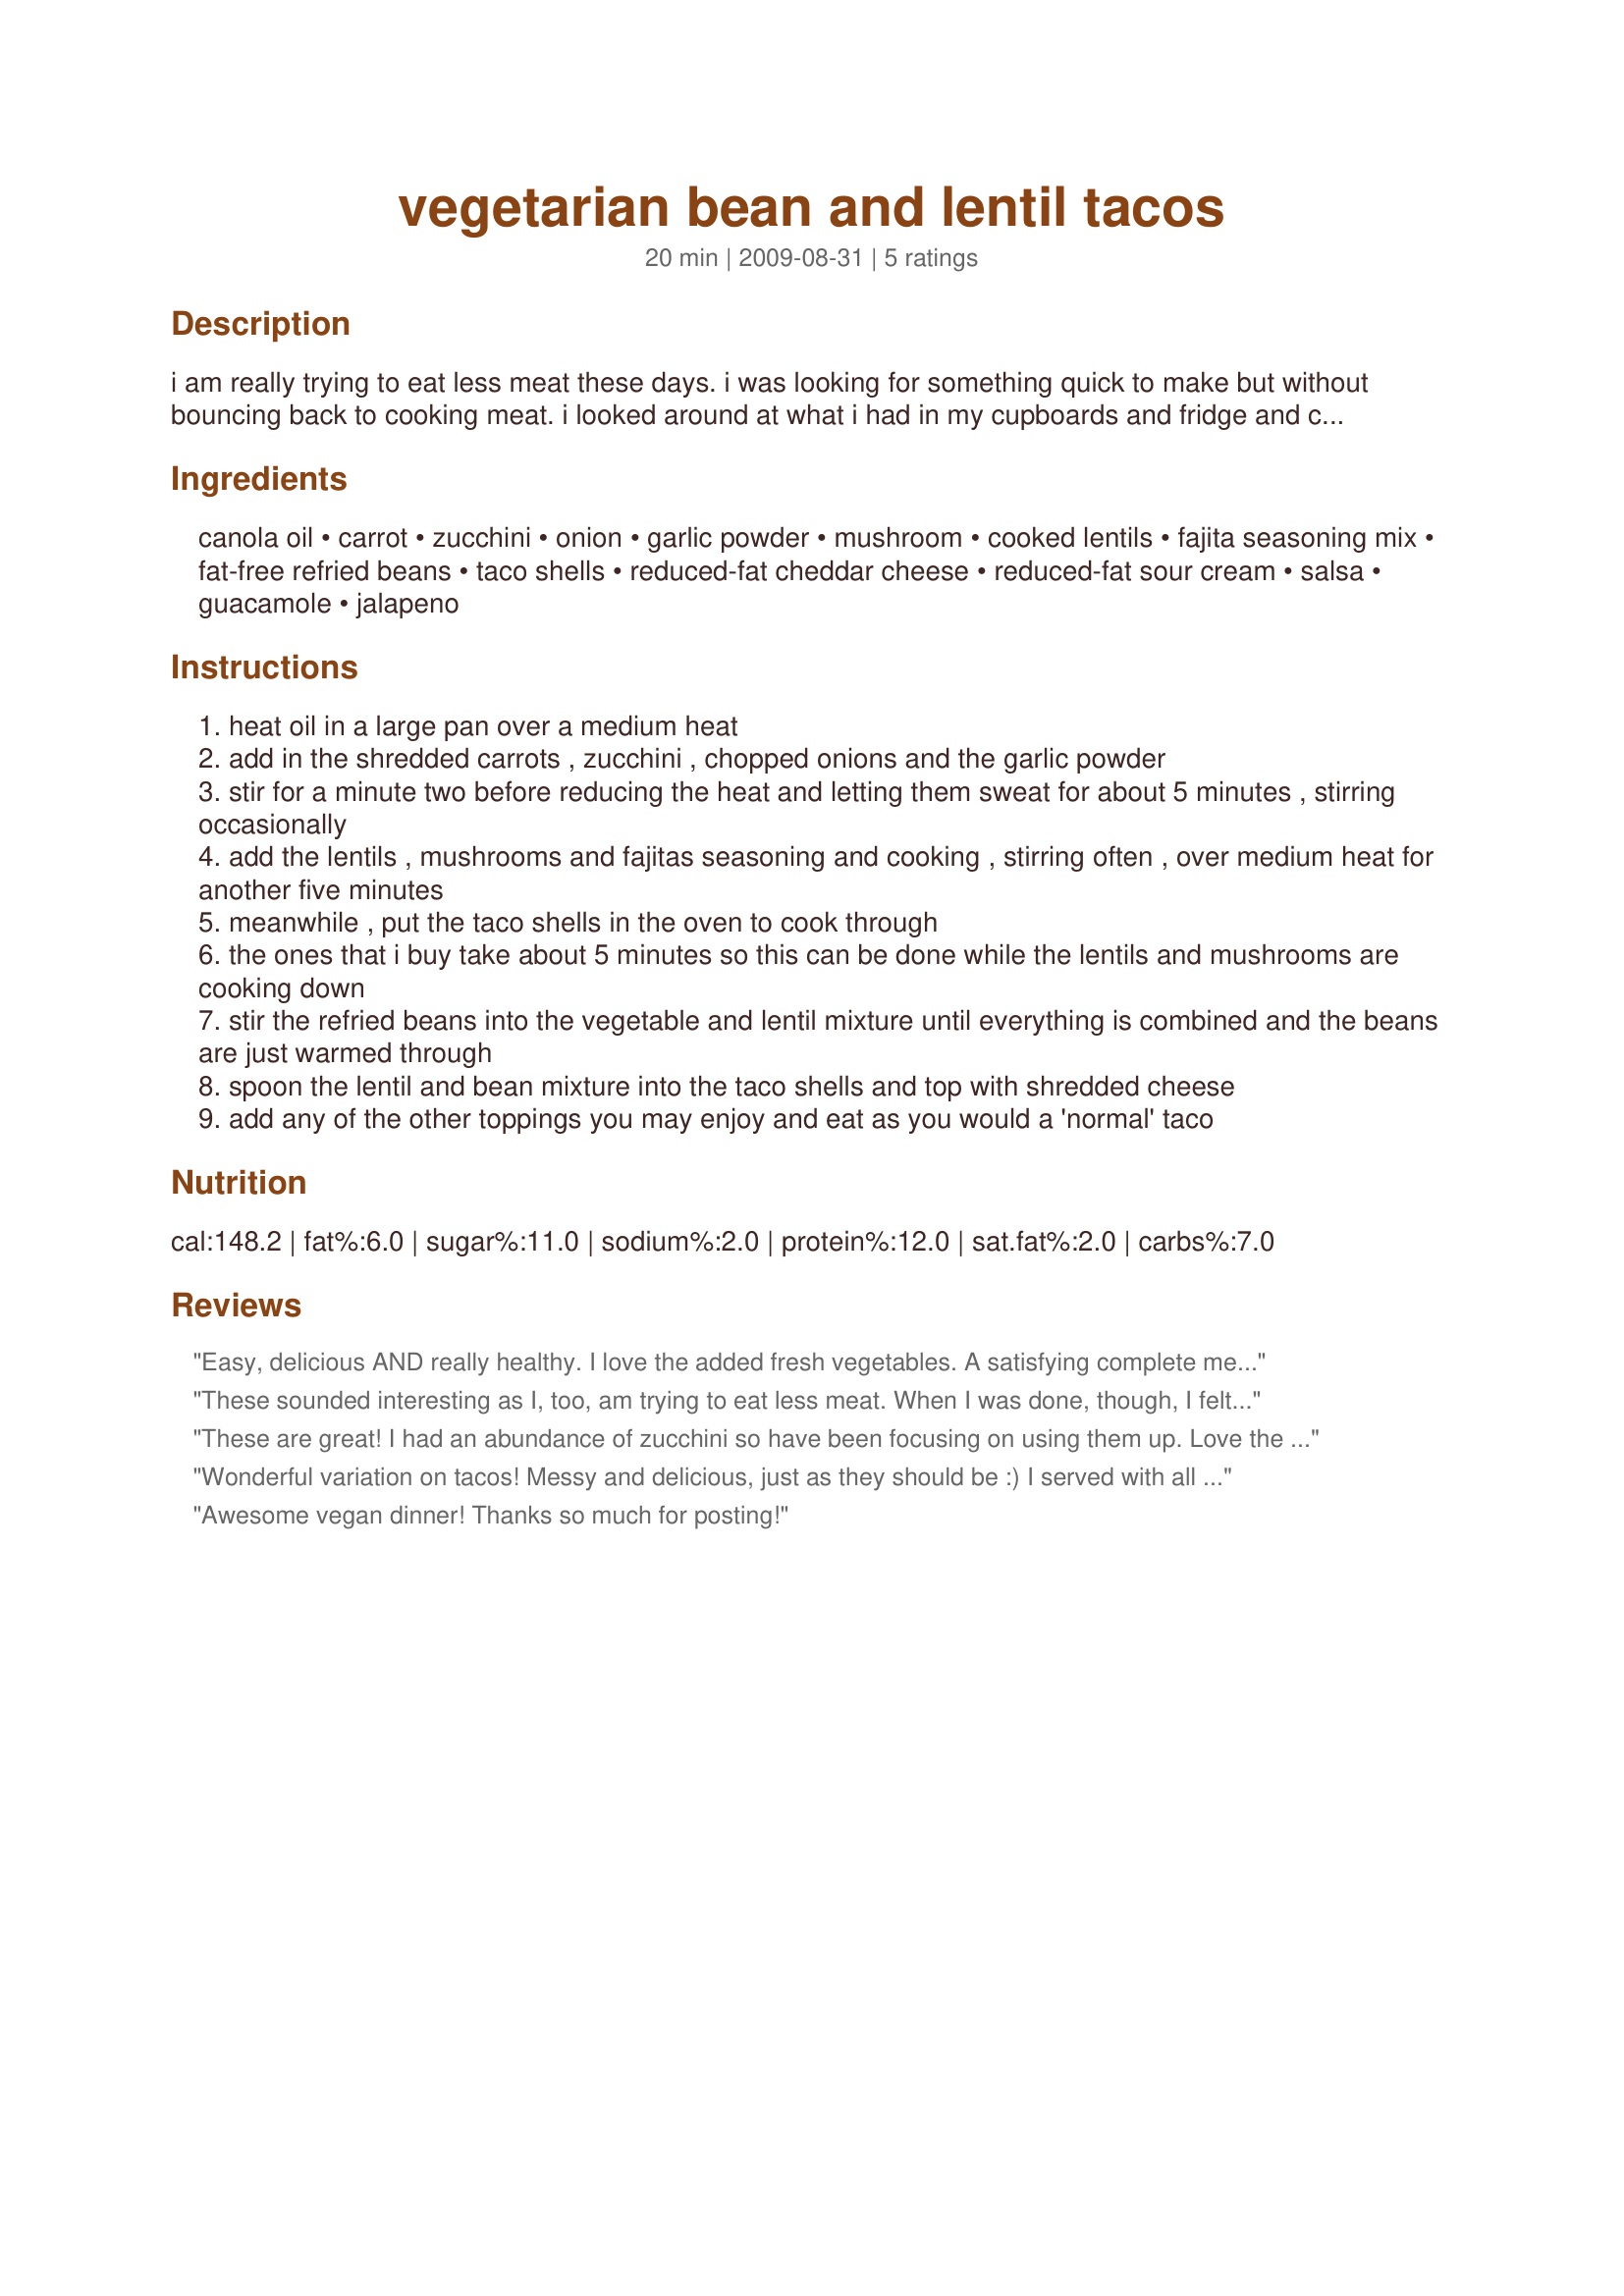
vegetarian bean and lentil tacos
Preparation time: 20 minutes

i am really trying to eat less meat these days. i was looking for something quick to make but without bouncing back to cooking meat. i looked around at what i had in my cupboards and fridge and came up with these. we enjoyed the way they turned out and will for sure have them again. i suspect this would make a nice tortilla filling too.

Ingredients:
canola oil, carrot, zucchini, onion, garlic powder, mushroom, cooked lentils, fajita seasoning mix, fat-free refried beans, taco shells, reduced-fat cheddar cheese, reduced-fat sour cream, salsa, guacamole, jalapeno

Steps:
heat oil in a large pan over a medium heat
add in the shredded carrots , zucchini , chopped onions and the garlic powder
stir for a minute two before reducing the heat and letting them sweat for about 5 minutes , stirring occasionally
add the lentils , mushrooms and fajitas seasoning and cooking , stirring often , over medium heat for another five minutes
meanwhile , put the taco shells in the oven to cook through
the ones that i buy take about 5 minutes so this can be done while the lentils and mushrooms are cooking down
stir the refried beans into the vegetable and lentil mixture until everything is combined and the beans are just warmed through
spoon the lentil and bean mixture into the taco shells and top with shredded cheese
add any of the other toppings you may enjoy and eat as you would a 'normal' taco

Reviews:
Easy, delicious AND really healthy. I love the added fresh vegetables. A satisfying complete meal.
 I think this would be a hit with people of any age and it's a great recipe for young people to make.
Thanks for sharing Sarah_Jayne
These sounded interesting as I, too, am trying to eat less meat. When I was done, though, I felt that the mixture needed more flavor so I shook some more taco seasoning in there. That made it taste a lot better in my opinion. And when I added sharp cheddar cheese (made with 2% milk) it started to taste more like a taco. I also added light sour cream, salsa and avacado. My kids ages 2 and 4 ate this with enjoyment. I really liked the combination of healthy ingredients. Jesus bless you for sharing!
These are great! I had an abundance of zucchini so have been focusing on using them up. Love the combination of ingredients. They are hearty enough for a meat and potatoes group. Yum!
Wonderful variation on tacos! Messy and delicious, just as they should be :) I served with all of the optional toppings, including a homemade guacamole I whipped up while the lentil mixture was warming up on the stove. Thanks for sharing!
Awesome vegan dinner! Thanks so much for posting!
